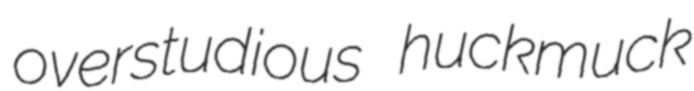
overstudious huckmuck